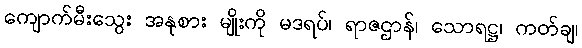
ကျောက်မီးသွေး အနုစား မျိုးကို မဒရပ်၊ ရာဇဌာန်၊ သောရဋ္ဌ၊ ကတ်ချ၊